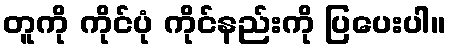
တူကို ကိုင်ပုံ ကိုင်နည်းကို ပြပေးပါ။